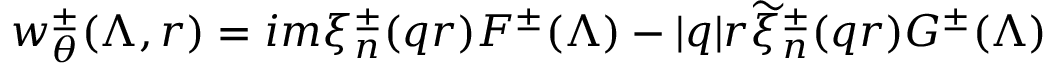
w _ { \theta } ^ { \pm } ( \Lambda , r ) = i m \xi _ { n } ^ { \pm } ( q r ) F ^ { \pm } ( \Lambda ) - | q | r \widetilde { \xi } _ { n } ^ { \pm } ( q r ) G ^ { \pm } ( \Lambda )